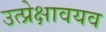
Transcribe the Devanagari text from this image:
उत्प्रेक्षावयव